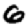
Digit: 6